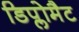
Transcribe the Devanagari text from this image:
डिप्लोमैट